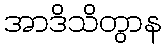
အာဒိသိတွာန